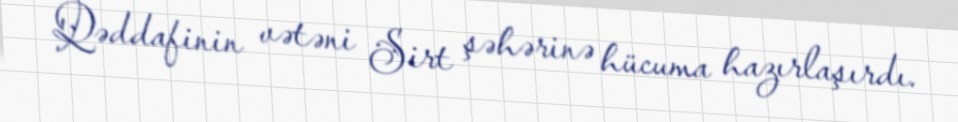
Qəddafinin vətəni Sirt şəhərinə hücuma hazırlaşırdı.